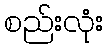
စည်းလုံး